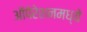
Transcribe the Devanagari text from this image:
ऑपेरेशनमध्ये